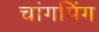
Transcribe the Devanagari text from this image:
चांगपिंग